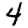
Digit: 4